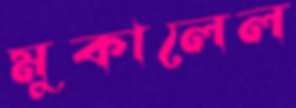
মুকালেল